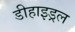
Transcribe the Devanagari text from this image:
डीहाइड्रल